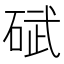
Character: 碔